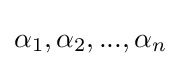
\alpha _{1},\alpha _{2},...,\alpha _{n}